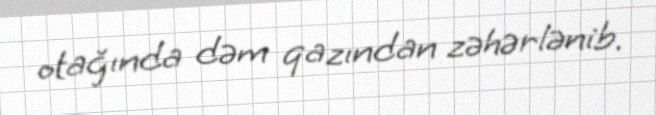
otağında dəm qazından zəhərlənib.